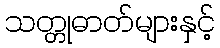
သတ္တုဓာတ်များနှင့်